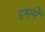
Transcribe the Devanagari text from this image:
इममें